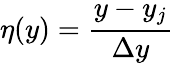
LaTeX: \eta(y)=\frac{y-y_{j}}{\Delta y}